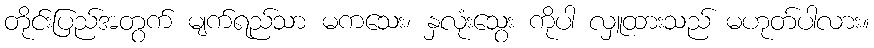
တိုင်းပြည်အတွက် မျက်ရည်သာ မကသေး၊ နှလုံးသွေး ကိုပါ လှူထားသည် မဟုတ်ပါလား။